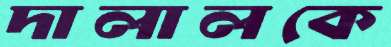
দালালকে